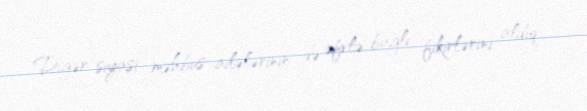
Digər siyasi məhbus ailələrinin də əfvlə bağlı fikirlərini aldıq.